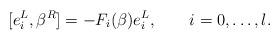
LaTeX: \begin{align*}[e_i^L,\beta^R] = - F_i(\beta) e_i^L, \quad \quad i=0,\ldots,l.\end{align*}